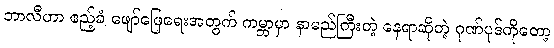
ဘာလီဟာ ဧည့်ခံ ဖျော်ဖြေရေးအတွက် ကမ္ဘာမှာ နာမည်ကြီးတဲ့ နေရာဆိုတဲ့ ဂုဏ်ပုဒ်ကိုတော့